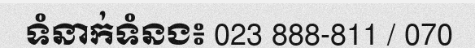
ទំនាក់ទំនង៖ 023 888-811 / 070